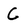
Character: C